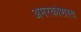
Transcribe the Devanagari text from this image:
अमरकोशस्य